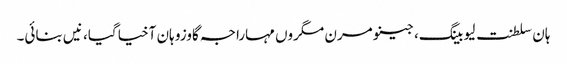
ہان سلطنت لیو بینگ، جینو مرن مگروں مہاراجہ گاوزو ہان آخیا گیا، نیں بنائی۔